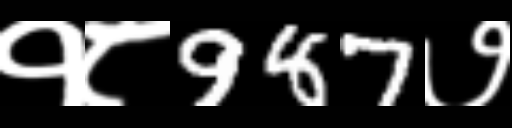
Text: १८987७